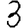
Digit: 3